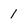
Character: 1